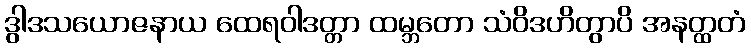
ဒွါဒသယောဇနာယ ထေရဝါဒတ္တာ ထမ္ဘတော သံဝိဒဟိတွာပိ အနတ္ထတံ